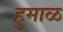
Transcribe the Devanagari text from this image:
हुमाळ